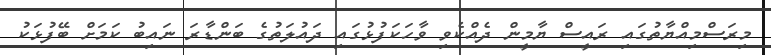
މިރަސްމިއްޔާތުގައި ރައީސް ޔާމީން ދެއްކެވި ވާހަކަފުޅުގައި ދައުލަތުގެ ބަންޑާރަ ނައިބު ކަމަށް ބޭފުޅަކު